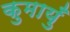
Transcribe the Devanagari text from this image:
कुमायुँ